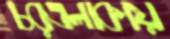
চরএলাকায়